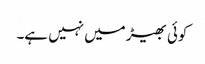
کوئی بھیڑ میں نہیں ہے۔